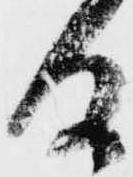
る